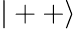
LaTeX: |++\rangle